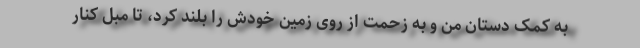
به کمک دستان من و به زحمت از روی زمین خودش را بلند کرد، تا مبل کنار